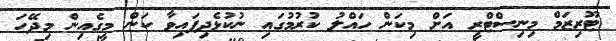
ޓޫރިޒަމް މިނިސްޓްރީ އަށް މިކަން ހައްލު ކުރުމުގައި ނުކުޅެދިފައިވާ ކަން މީގެއިން މިދޭހަ